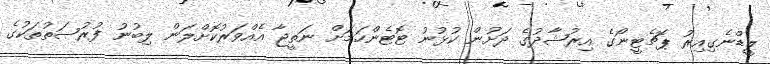
ލީޑްނެގިއިރު ޕޮޗެޓީނޯގެ އިރުޝާދުގެ ދަށުން ކުޅުނު ޓޮޓެންހަމަށް ނަތީޖާ އެއްވަރުކޮށްލަން ލިބުނު ފުރުޞަތުތަކުގެ